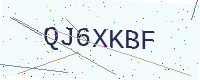
Text: QJ6XKBF